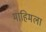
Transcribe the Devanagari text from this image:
माहिमला